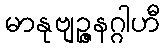
မာနုဗျဉ္ဇနဂ္ဂါဟီ